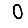
Digit: 0